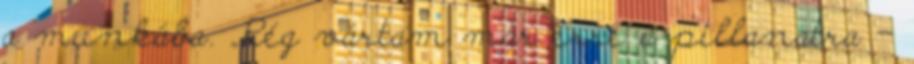
a munkába. „Rég vártam már erre a pillanatra –